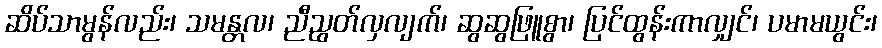
ဆိပ်သာမွန်လည်း၊ သမန္တလ၊ ညီညွတ်လှလျက်၊ ဆွဆွဖြူစွာ၊ ပြင်ထွန်းကာလျှင်၊ ပမာမယွင်း၊